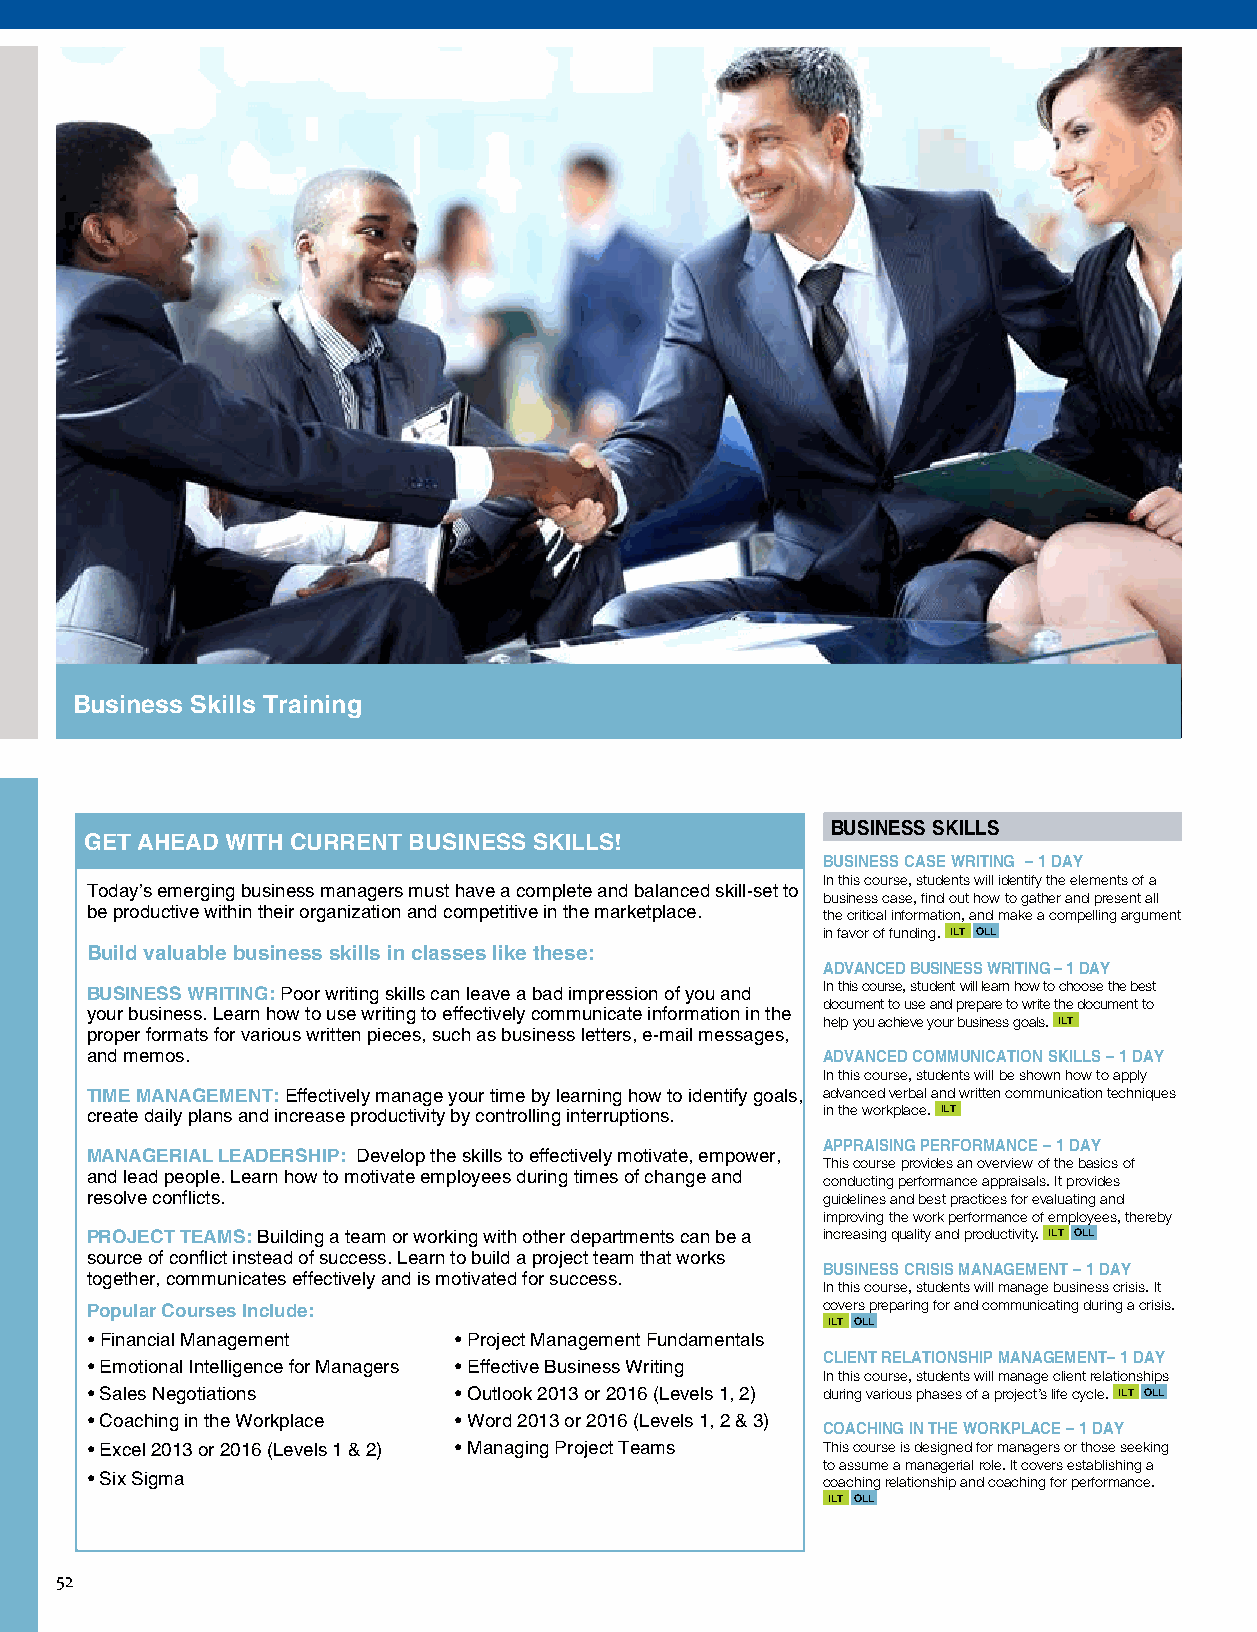
Business Skills Training
 BUSINESS SKILLS
 GET AHEAD WITH CURRENT BUSINESS SKILLS!
 BUSINESS CASE WRITING – 1 DAY
 In this course, students will identify the elements of a
 Today’s emerging business managers must have a complete and balanced skill-set to
 business case, find out how to gather and present all
 be productive within their organization and competitive in the marketplace. the critical information, and make a compelling argument
 in favor of funding. ILT OLL
 Build valuable business skills in classes like these:
 ADVANCED BUSINESS WRITING – 1 DAY
 BUSINESS WRITING: Poor writing skills can leave a bad impression of you and In this course, student will learn how to choose the best
 document to use and prepare to write the document to
 your business. Learn how to use writing to effectively communicate information in the
 help you achieve your business goals. ILT
 proper formats for various written pieces, such as business letters, e-mail messages,
 and memos.                                      ADVANCED COMMUNICATION SKILLS – 1 DAY
 In this course, students will be shown how to apply
 TIME MANAGEMENT: Effectively manage your time by learning how to identify goals, advanced verbal and written communication techniques
 create daily plans and increase productivity by controlling interruptions. in the workplace. ILT
 APPRAISING PERFORMANCE – 1 DAY
 MANAGERIAL LEADERSHIP: Develop the skills to effectively motivate, empower,
 This course provides an overview of the basics of
 and lead people. Learn how to motivate employees during times of change and
 conducting performance appraisals. It provides
 resolve conflicts.                              guidelines and best practices for evaluating and
 improving the work performance of employees, thereby
 PROJECT TEAMS: Building a team or working with other departments can be a increasing quality and productivity. ILT OLL
 source of conflict instead of success. Learn to build a project team that works
 BUSINESS CRISIS MANAGEMENT – 1 DAY
 together, communicates effectively and is motivated for success.
 In this course, students will manage business crisis. It
 Popular Courses Include:                        covers preparing for and communicating during a crisis.
 ILT OLL
 • Financial Management  • Project Management Fundamentals
 CLIENT RELATIONSHIP MANAGEMENT– 1 DAY
 • Emotional Intelligence for Managers • Effective Business Writing
 In this course, students will manage client relationships
 • Sales Negotiations    • Outlook 2013 or 2016 (Levels 1, 2) during various phases of a project’s life cycle. ILT OLL
 • Coaching in the Workplace • Word 2013 or 2016 (Levels 1, 2 & 3)
 COACHING IN THE WORKPLACE – 1 DAY
 • Excel 2013 or 2016 (Levels 1 & 2) • Managing Project Teams This course is designed for managers or those seeking
 to assume a managerial role. It covers establishing a
 • Six Sigma                                     coaching relationship and coaching for performance.
 ILT OLL
 52